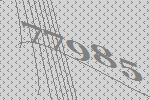
77985